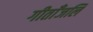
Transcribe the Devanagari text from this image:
गीताँजलि